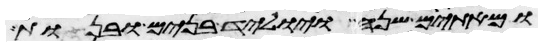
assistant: ומאתים שנה ויוליד בנים ובנות